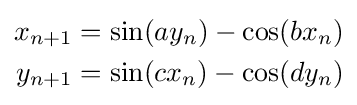
{\begin{aligned}x_{n+1}&=\sin(ay_{n})-\cos(bx_{n})\\y_{n+1}&=\sin(cx_{n})-\cos(dy_{n})\end{aligned}}